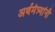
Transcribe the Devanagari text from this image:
अर्थमंत्र्यांनी